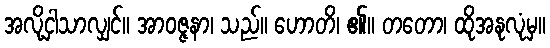
အလို့ငှါသာလျှင်။ အာဝဇ္ဇနာ၊ သည်။ ဟောတိ၊ ၏။ တတော၊ ထိုအနုလုံမှ။